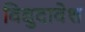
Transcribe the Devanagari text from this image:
विद्युदावेश